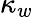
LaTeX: \kappa_{w}